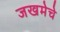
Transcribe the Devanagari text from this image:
जखमेचे